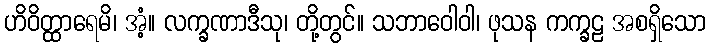
ဟိဝိတ္ထာရေမိ၊ အံ့။ လက္ခဏာဒီသု၊ တို့တွင်။ သဘာဝေါဝါ၊ ဖုသန ကက္ခဠ အစရှိသော